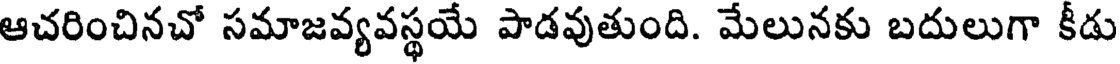
ఆచరించినచో సమాజవ్యవస్థయే పాడవుతుంది. మేలునకు బదులుగా కీడు